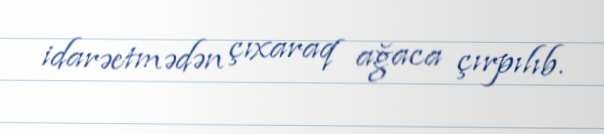
idarəetmədən çıxaraq ağaca çırpılıb.